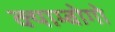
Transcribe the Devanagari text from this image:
क्याम्बोगो